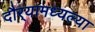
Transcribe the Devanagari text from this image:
दौर्‍यामध्यल्या